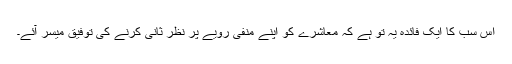
اس سب کا ایک فائدہ یہ تو ہے کہ معاشرے کو اپنے منفی رویے پر نظر ثانی کرنے کی توفیق میسر آئے۔